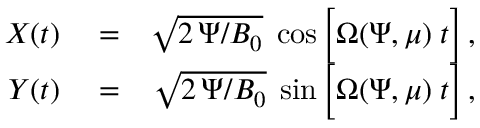
\begin{array} { r l r } { X ( t ) } & { { } = } & { \sqrt { 2 \, \Psi / B _ { 0 } } \; \cos \left[ \Omega ( \Psi , \mu ) \frac { } { } t \right] , } \\ { Y ( t ) } & { { } = } & { \sqrt { 2 \, \Psi / B _ { 0 } } \; \sin \left[ \Omega ( \Psi , \mu ) \frac { } { } t \right] , } \end{array}